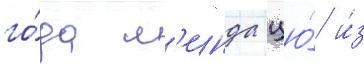
го́да л'инда цю́ и́з